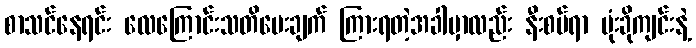
စာသင်နေရင်း လေကြောင်းသတိပေးချက် ကြားရတဲ့အခါမှာလည်း နီးစပ်ရာ ဗုံးခိုကျင်းနဲ့